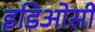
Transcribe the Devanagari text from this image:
इडिओसी